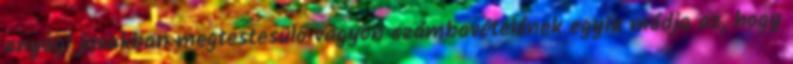
anyagi javakban megtestesülő vagyon számbavételének egyik módja az, hogy